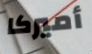
أميركا